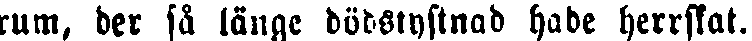
rum, der sä länge dödstystnad hade herrskat.